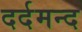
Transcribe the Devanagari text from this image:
दर्दमन्द